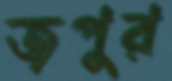
জপুর